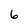
Character: 6